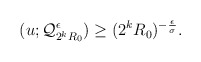
\begin{align*} \begin{aligned} (u;\mathcal{Q}_{2^kR_0}^{\epsilon})\geq (2^k R_0)^{-\frac{\epsilon}{\sigma}}. \end{aligned} \end{align*}